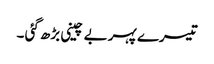
تیسرے پہر بے چینی بڑھ گئی ۔